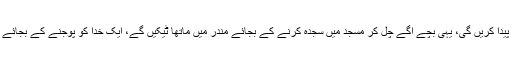
کیا ہماری نسلیں بھی غیر مسلم بچے پیدا کریں گی، یہی بچے آگے چل کر مسجد میں سجدہ کرنے کے بجائے مندر میں ماتھا ٹیکیں گے، ایک خدا کو پوجنے کے بجائے لاکھوں بتوں کی پرستش کریں گے؟